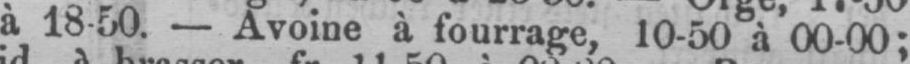
à 18-50. - Avoine à fourrage, 10-50 à 00-00;